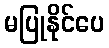
မပြုနိုင်ပေ